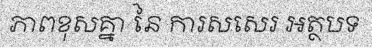
ភាពខុសគ្នា នៃ ការសសេរ អត្ថបទ